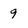
Character: 9